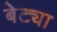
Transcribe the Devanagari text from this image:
बेट्या